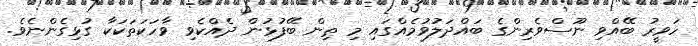
ހަވީރު ބޭއްވި ނޫސްވެރިންގެ ބައްދަލުވުމެއްގައި މި ތިން ބޭފުޅުން ދެއްކެވި ވާހަކަތަކަކާ ގުޅިގެންނެވެ.